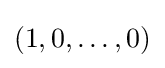
(1,0,\dots ,0)